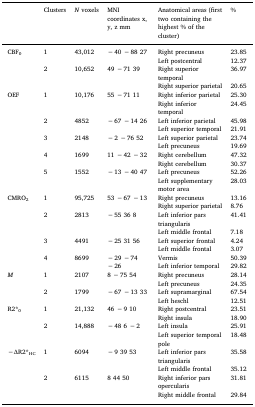
<table><thead><tr><td></td><td><b>Clusters</b></td><td><b><i>N</i> voxels</b></td><td><b>MNI coordinates x, y, z mm</b></td><td><b>Anatomical areas (first two containing the highest % of the cluster)</b></td><td><b>%</b></td></tr></thead><tbody><tr><td rowspan="4">CBF<sub>0</sub></td><td rowspan="2">1</td><td rowspan="2">43,012</td><td rowspan="2">− 40 − 88 27</td><td>Right precuneus</td><td>23.85</td></tr><tr><td>Left postcentral</td><td>12.37</td></tr><tr><td rowspan="2">2</td><td rowspan="2">10,652</td><td rowspan="2">49 − 71 39</td><td>Right superior temporal</td><td>36.97</td></tr><tr><td>Right superior parietal</td><td>20.65</td></tr><tr><td rowspan="10">OEF</td><td rowspan="2">1</td><td rowspan="2">10,176</td><td rowspan="2">55 − 71 11</td><td>Right inferior parietal</td><td>25.30</td></tr><tr><td>Right inferior temporal</td><td>24.45</td></tr><tr><td rowspan="2">2</td><td rowspan="2">4852</td><td rowspan="2">− 67 − 14 26</td><td>Left inferior parietal</td><td>45.98</td></tr><tr><td>Left superior temporal</td><td>21.91</td></tr><tr><td rowspan="2">3</td><td rowspan="2">2148</td><td rowspan="2">− 2 − 76 52</td><td>Left superior parietal</td><td>23.74</td></tr><tr><td>Left precuneus</td><td>19.69</td></tr><tr><td rowspan="2">4</td><td rowspan="2">1699</td><td rowspan="2">11 − 42 − 32</td><td>Right cerebellum</td><td>47.32</td></tr><tr><td>Right cerebellum</td><td>30.37</td></tr><tr><td rowspan="2">5</td><td rowspan="2">1552</td><td rowspan="2">− 13 − 40 47</td><td>Left precuneus</td><td>52.26</td></tr><tr><td>Left supplementary motor area</td><td>28.03</td></tr><tr><td rowspan="8">CMRO<sub>2</sub></td><td rowspan="2">1</td><td rowspan="2">95,725</td><td rowspan="2">53 − 67 − 13</td><td>Right precuneus</td><td>13.16</td></tr><tr><td>Right superior parietal</td><td>8.76</td></tr><tr><td rowspan="2">2</td><td rowspan="2">2813</td><td rowspan="2">− 55 36 8</td><td>Left inferior pars triangularis</td><td>41.41</td></tr><tr><td>Left middle frontal</td><td>7.18</td></tr><tr><td rowspan="2">3</td><td rowspan="2">4491</td><td rowspan="2">− 25 31 56</td><td>Left superior frontal</td><td>4.24</td></tr><tr><td>Left middle frontal</td><td>3.07</td></tr><tr><td rowspan="2">4</td><td rowspan="2">8699</td><td rowspan="2">− 29 − 74 − 26</td><td>Vermis</td><td>50.39</td></tr><tr><td>Left inferior temporal</td><td>29.82</td></tr><tr><td rowspan="4"><i>M</i></td><td rowspan="2">1</td><td rowspan="2">2107</td><td rowspan="2">8 − 75 54</td><td>Right precuneus</td><td>28.14</td></tr><tr><td>Left precuneus</td><td>24.35</td></tr><tr><td rowspan="2">2</td><td rowspan="2">1799</td><td rowspan="2">− 67 − 13 33</td><td>Left supramarginal</td><td>67.54</td></tr><tr><td>Left heschl</td><td>12.51</td></tr><tr><td rowspan="4">R2*<sub>0</sub></td><td rowspan="2">1</td><td rowspan="2">21,132</td><td rowspan="2">46 − 9 10</td><td>Right postcentral</td><td>23.51</td></tr><tr><td>Right insula</td><td>18.90</td></tr><tr><td rowspan="2">2</td><td rowspan="2">14,888</td><td rowspan="2">− 48 6 − 2</td><td>Left insula</td><td>25.91</td></tr><tr><td>Left superior temporal pole</td><td>18.48</td></tr><tr><td rowspan="4">−∆R2*<sub>HC</sub></td><td rowspan="2">1</td><td rowspan="2">6094</td><td rowspan="2">− 9 39 53</td><td>Left inferior pars triangularis</td><td>35.58</td></tr><tr><td>Left middle frontal</td><td>35.12</td></tr><tr><td rowspan="2">2</td><td rowspan="2">6115</td><td rowspan="2">8 44 50</td><td>Right inferior pars opercularis</td><td>31.81</td></tr><tr><td>Right middle frontal</td><td>29.84</td></tr></tbody></table>